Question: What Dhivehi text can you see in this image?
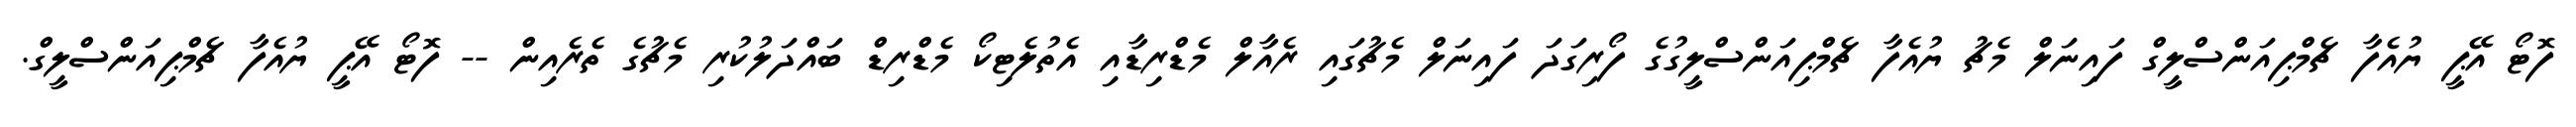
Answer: ފޮޓޯ އޭޕީ ޔުއެފާ ޗެމްޕިއަންސްލީގް ފައިނަލް މެޗު ޔުއެފާ ޗެމްޕިއަންސްލީގުގެ ފޯރިގަދަ ފައިނަލް މެޗުގައި ރެއާލް މެޑްރިޑާއި އެތުލެޓިކޯ މެޑްރިޑް ބައްދަލުކުރި މެޗުގެ ތެރެއިން -- ފޮޓޯ އޭޕީ ޔުއެފާ ޗެމްޕިއަންސްލީގް.